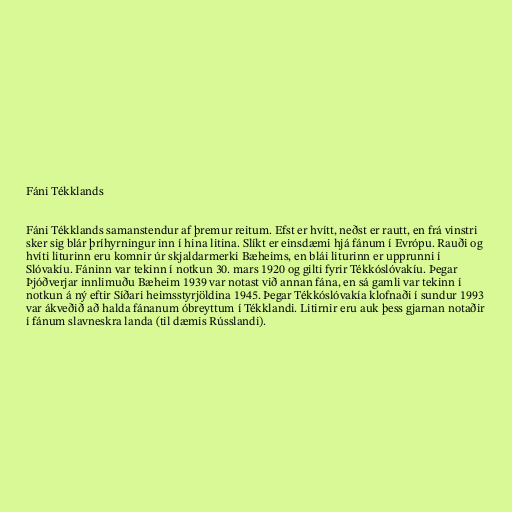
Fáni Tékklands

Fáni Tékklands samanstendur af þremur reitum. Efst er hvítt, neðst er rautt, en frá vinstri
sker sig blár þríhyrningur inn í hina litina. Slíkt er einsdæmi hjá fánum í Evrópu. Rauði og
hvíti liturinn eru komnir úr skjaldarmerki Bæheims, en blái liturinn er upprunni í
Slóvakíu. Fáninn var tekinn í notkun 30. mars 1920 og gilti fyrir Tékkóslóvakíu. Þegar
Þjóðverjar innlimuðu Bæheim 1939 var notast við annan fána, en sá gamli var tekinn í
notkun á ný eftir Síðari heimsstyrjöldina 1945. Þegar Tékkóslóvakía klofnaði í sundur 1993
var ákveðið að halda fánanum óbreyttum í Tékklandi. Litirnir eru auk þess gjarnan notaðir
í fánum slavneskra landa (til dæmis Rússlandi).